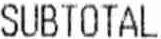
SUBTOTAL